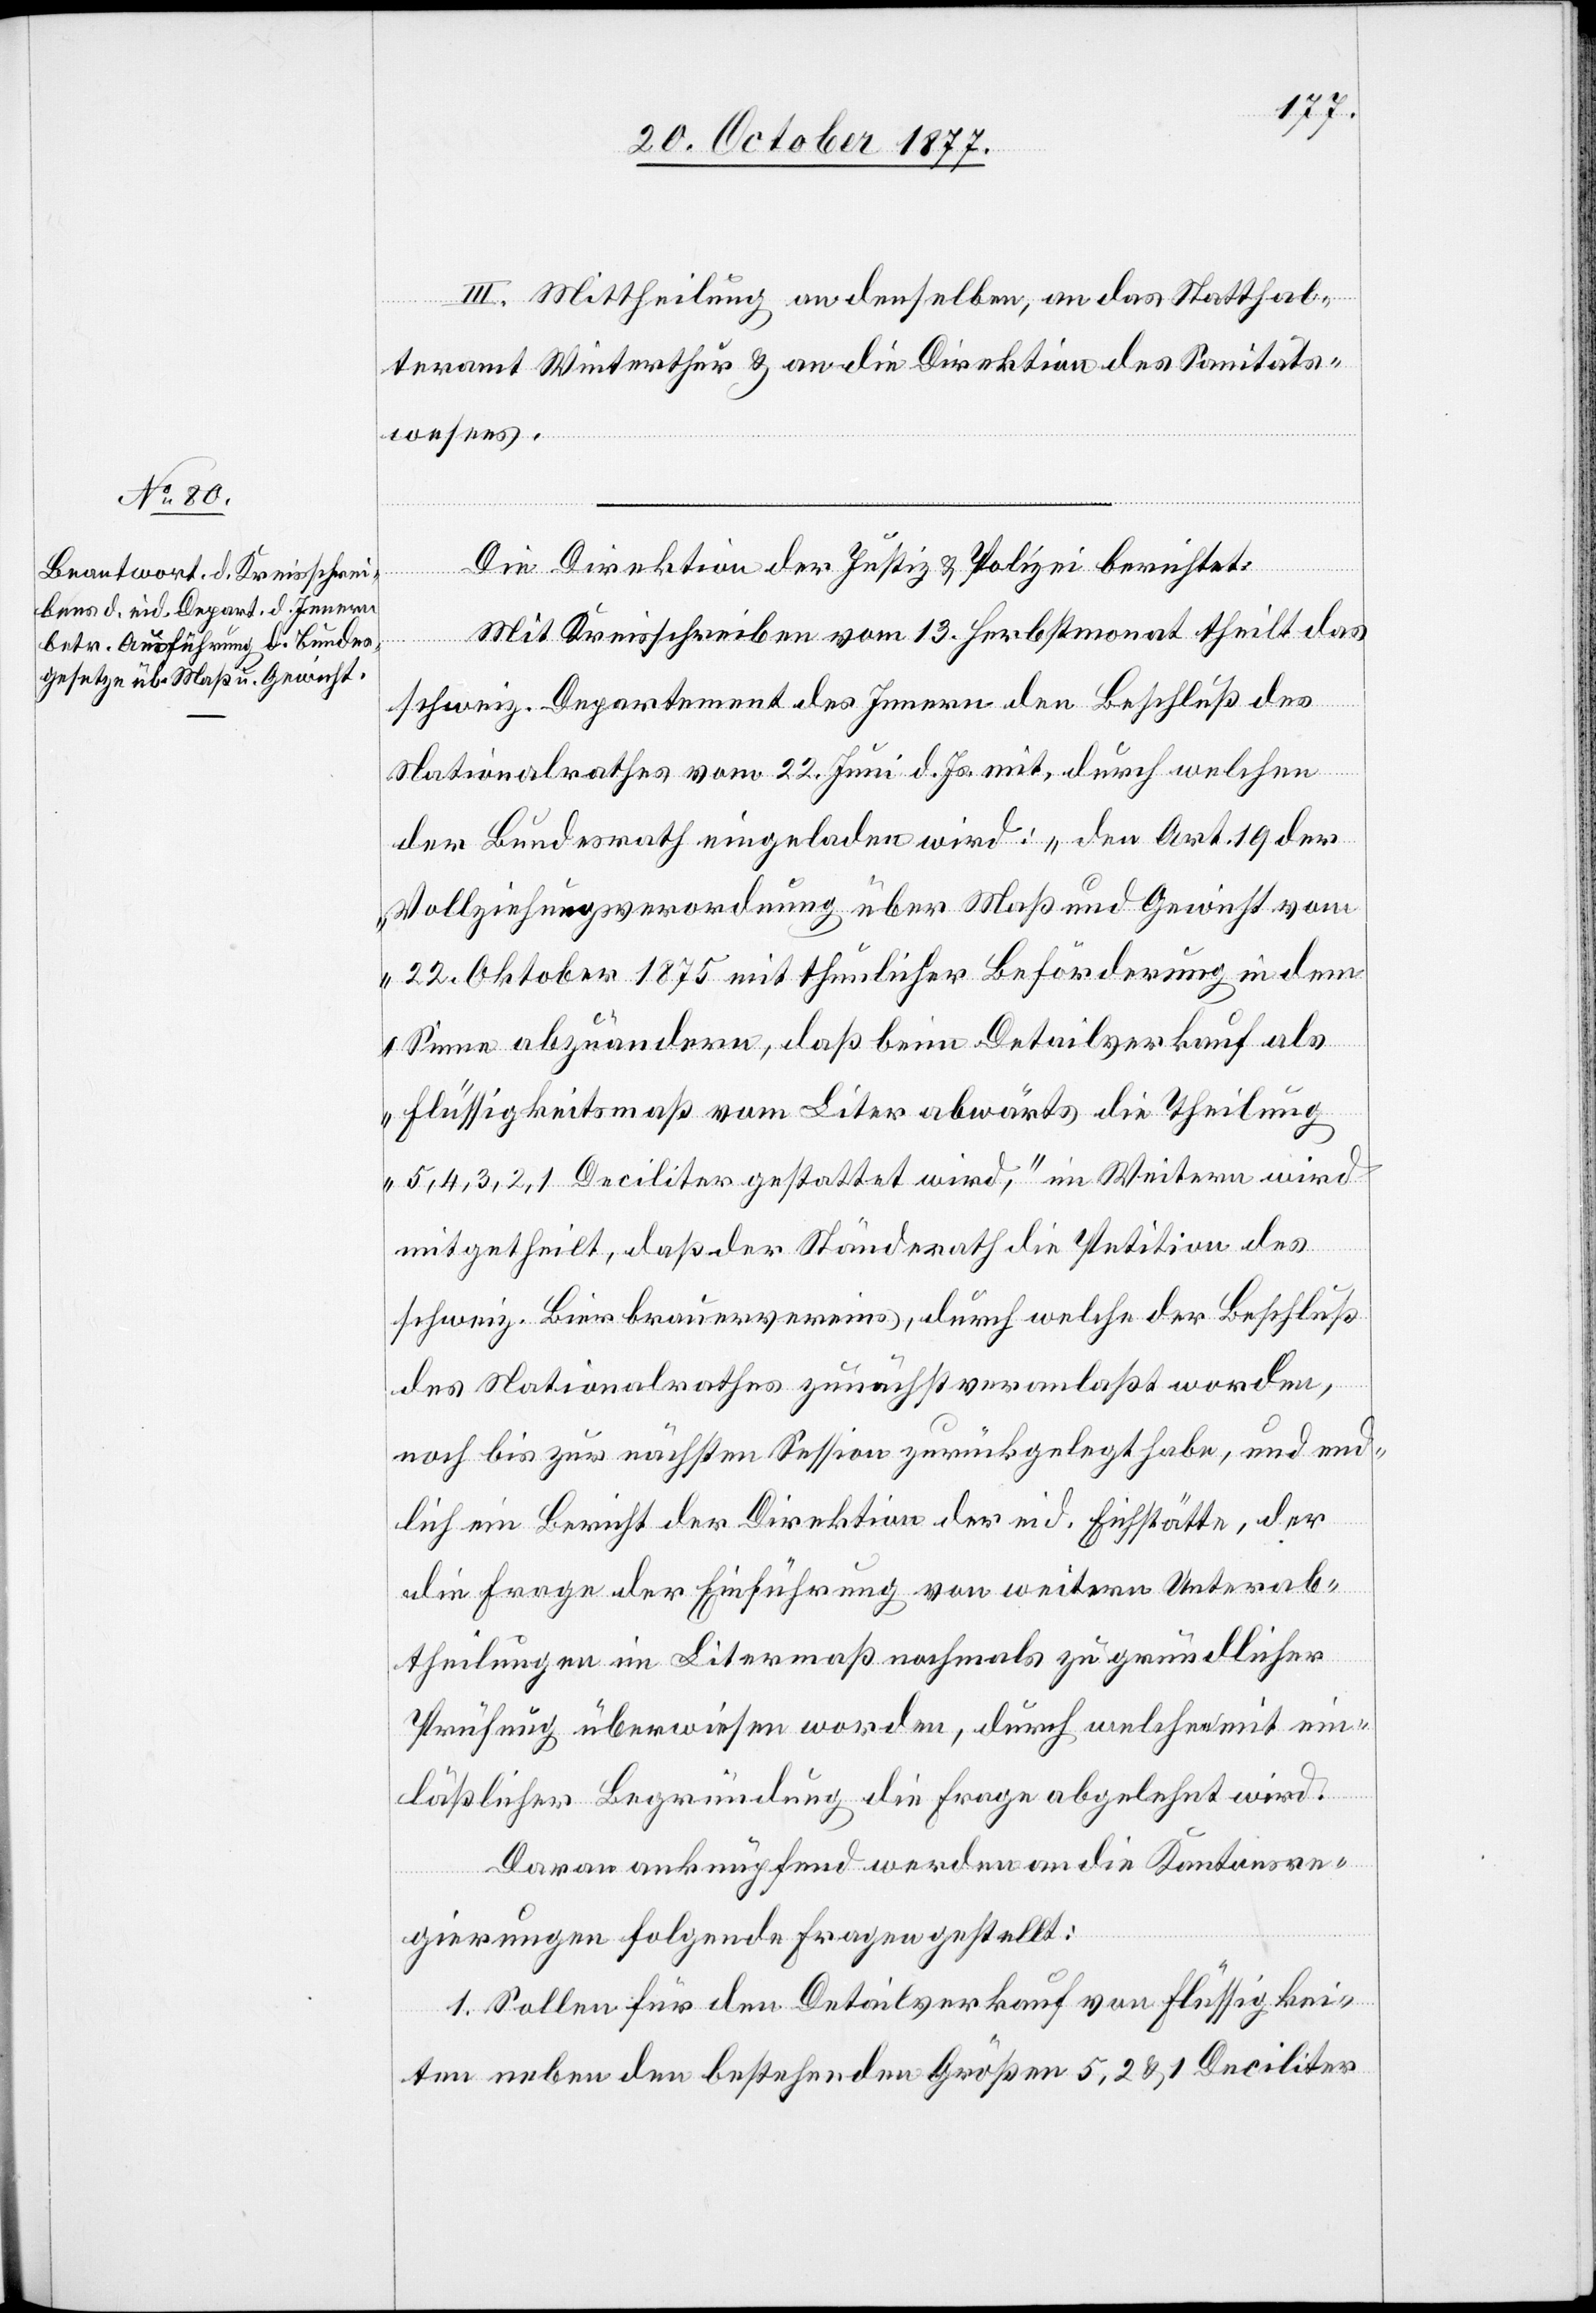
III. Mittheilung an denselben, an das Statthal¬
teramt Winterthur & an die Direktion des Sanitäts¬
wesens.
Die Direktion der Justiz & Polizei berichtet:
Mit Kreisschreiben vom 13. Herbstmonat theilt das
schweiz. Departement des Innern den Beschluß des
Nationalrathes vom 22. Juni d. Js. mit, durch welchen
der Bundesrath eingeladen wird: „den Art. 19 der
Vollziehungsverordnung über Maß und Gewicht vom
22. Oktober 1875 mit thunlicher Beförderung in dem
Sinne abzuändern, daß beim Detailverkauf als
Flüssigkeitsmaß vom Liter abwärts die Theilung
5, 4, 3, 2, 1 Deciliter gestattet wird,“ im Weitern wird
mitgetheilt, daß der Ständerath die Petition des
schweiz. Bierbrauervereins, durch welche der Beschluß
des Nationalrathes zunächst veranlaßt worden,
noch bis zur nächsten Session zurückgelegt habe, und end¬
lich ein Bericht der Direktion der eid. Eichstätte, der
die Frage der Einführung von weitern Unterab¬
theilungen im Litermaß nochmals zu gründlicher
Prüfung überwiesen worden, durch welchen mit ein¬
läßlicher Begründung die Frage abgelehnt wird.
Daran anknüpfend werden an die Kantonsre¬
gierungen folgende Fragen gestellt:
1. Sollen für den Detailverkauf von Flüssigkei¬
ten neben den bestehenden Größen 5, 2 & 1 Deciliter